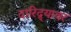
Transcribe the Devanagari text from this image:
दारिद्र्यावर